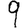
Digit: 9